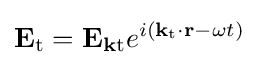
\mathbf {E} _{\text{t}}=\mathbf {E} _{\mathbf {k} {\text{t}}}e^{i(\mathbf {k_{\text{t}}\cdot r} -\omega t)}